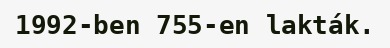
1992-ben 755-en lakták.